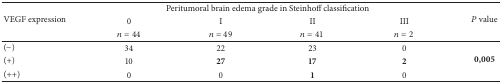
<table><thead><tr><td rowspan="3"><b>VEGF expression</b></td><td colspan="4"><b>Peritumoral brain edema grade in Steinhoff classification</b></td><td rowspan="3"><b><i>P</i> value</b></td></tr><tr><td><b>0</b></td><td><b>I</b></td><td><b>II</b></td><td><b>III</b></td></tr><tr><td><b><i>n</i> = 44</b></td><td><b><i>n</i> = 49</b></td><td><b><i>n</i> = 41</b></td><td><b><i>n</i> = 2</b></td></tr></thead><tbody><tr><td>(−)</td><td>34</td><td>22</td><td>23</td><td>0</td><td rowspan="3"><b>0,005</b></td></tr><tr><td>(+)</td><td>10</td><td><b>27</b></td><td><b>17</b></td><td><b>2</b></td></tr><tr><td>(++)</td><td>0</td><td>0</td><td><b>1</b></td><td>0</td></tr></tbody></table>